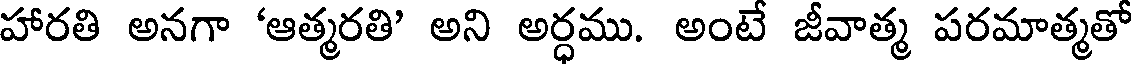
హారతి అనగా 'ఆత్మరతి' అని అర్ధము. అంటే జీవాత్మ పరమాత్మతో